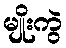
မျိုးကွဲ